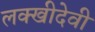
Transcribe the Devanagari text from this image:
लक्खीदेवी